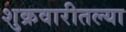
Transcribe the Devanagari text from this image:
शुक्रवारीतल्या